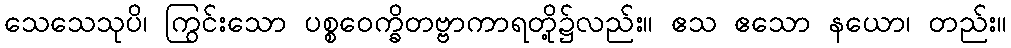
သေသေသုပိ၊ ကြွင်းသော ပစ္စဝေက္ခိတဗ္ဗာကာရတို့၌လည်း။ ဧသ ဧသော နယော၊ တည်း။